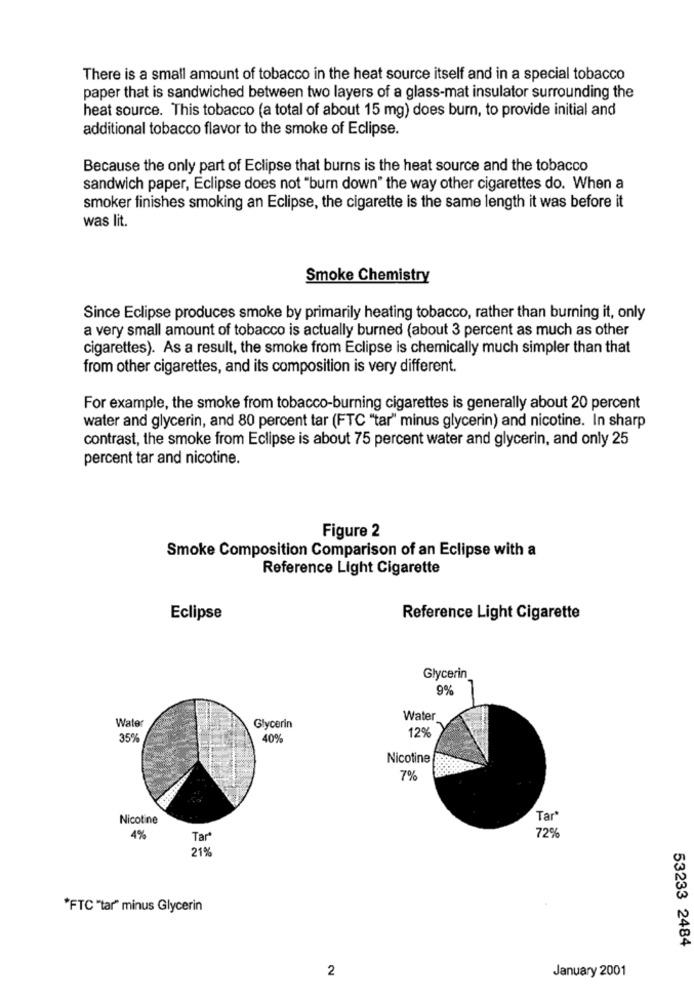
There is a small amount of tobacco in the heat source itself and in a special tobacco
paper that is sandwiched between two layers of a glass-mat insulator surrounding the
heat source. This tobacco (a total of about 15 mg) does burn, to provide initial and
additional tobacco flavor to the smoke of Eclipse.
Because the only part of Eclipse that burns is the heat source and the tobacco
sandwich paper, Eclipse does not "burn down" the way other cigarettes do. When a
smoker finishes smoking an Eclipse, the cigarette is the same length it was before it
was lit.
Smoke Chemistry
Since Eclipse produces smoke by primarily heating tobacco, rather than burning it, only
a very small amount of tobacco is actually burned (about 3 percent as much as other
cigarettes). As a result, the smoke from Eclipse is chemically much simpler than that
from other cigarettes, and its composition is very different.
For example, the smoke from tobacco-burning cigarettes is generally about 20 percent
water and glycerin, and 80 percent tar (FTC "tar" minus glycerin) and nicotine. In sharp
contrast, the smoke from Eclipse is about 75 percent water and glycerin, and only 25
percent tar and nicotine.
Figure 2
Smoke Composition Comparison of an Eclipse with a
Reference Light Cigarette
Eclipse
Reference Light Cigarette
Glycerin
9%
Water
Water
Glycerin
35%
40%
12%
Nicotine
7%
Nicotine
Tar*
4%
Tar
72%
21%
"FTC"tar" minus Glycerin
53233 2484
2
January 2001